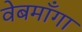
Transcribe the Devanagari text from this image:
वेबमाँगा